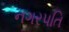
નગરપતિ